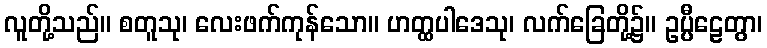
လူတို့သည်။ စတူသု၊ လေးဖက်ကုန်သော။ ဟတ္ထပါဒေသု၊ လက်ခြေတို့၌။ ဥပ္ပီဠေတွာ၊